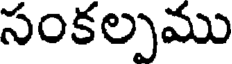
సంకల్పము